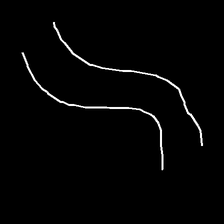
Glyph: float